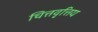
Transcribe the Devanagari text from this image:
चित्तवृत्तिय